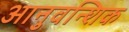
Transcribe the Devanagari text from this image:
आनुवन्शिक